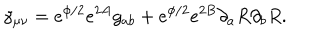
\gamma _ { \mu \nu } = e ^ { \phi / 2 } e ^ { 2 A } g _ { a b } + e ^ { \phi / 2 } e ^ { 2 B } \partial _ { a } R \partial _ { b } R .